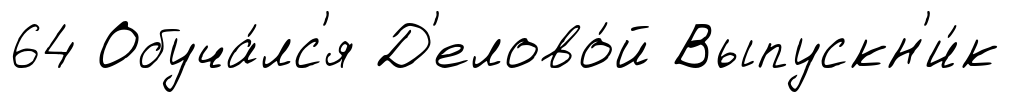
64 Обуча́лс'я Д'елово́й Выпускн'и́к